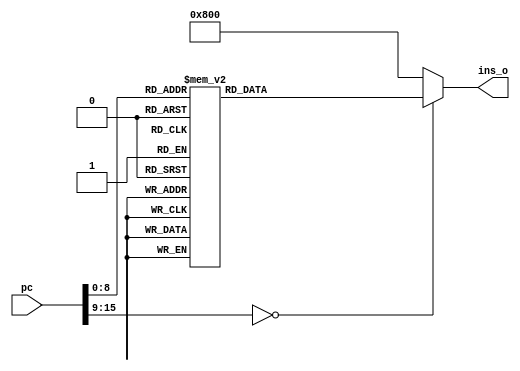
module rom(
	input wire[15:0] pc,
	output reg[15:0] ins_o
	);

	always @(*) begin
		//-*case*-/
		case (pc[15:0])
			16'h0000: ins_o = 16'b0110010000000000;    // MTSP R0
			16'h0001: ins_o = 16'b0000100000000000;    // NOP
			16'h0002: ins_o = 16'b0001000001000100;    // B START (START Addr=0x47)
			16'h0003: ins_o = 16'b0000100000000000;    // NOP
			16'h0004: ins_o = 16'b0000100000000000;    // NOP
			16'h0005: ins_o = 16'b0000100000000000;    // NOP
			16'h0006: ins_o = 16'b0000100000000000;    // NOP
			16'h0007: ins_o = 16'b0110111010111111;    // LI R6 0xBF
			16'h0008: ins_o = 16'b0011011011000000;    // SLL R6 R6 0x00
			16'h0009: ins_o = 16'b0100111000010000;    // ADDIU R6 0x10
			16'h000a: ins_o = 16'b1101111000000000;    // SW R6 R0 0x00
			16'h000b: ins_o = 16'b1101111000100001;    // SW R6 R1 0x01
			16'h000c: ins_o = 16'b1101111001000010;    // SW R6 R2 0x02
			16'h000d: ins_o = 16'b1001000100000000;    // LW_SP R1 0x00
			16'h000e: ins_o = 16'b0110001100000001;    // ADDSP 0x01
			16'h000f: ins_o = 16'b0110100011111111;    // LI R0 0xFF
			16'h0010: ins_o = 16'b1110100100001100;    // AND R1 R0
			16'h0011: ins_o = 16'b1001001000000000;    // LW_SP R2 0x00
			16'h0012: ins_o = 16'b0110001100000001;    // ADDSP 0x01
			16'h0013: ins_o = 16'b0110001111111111;    // ADDSP 0xFF
			16'h0014: ins_o = 16'b1101001100000000;    // SW_SP R3 0x00
			16'h0015: ins_o = 16'b0110001111111111;    // ADDSP 0xFF
			16'h0016: ins_o = 16'b1101011100000000;    // SW_SP R7 0x00
			16'h0017: ins_o = 16'b0110101100001111;    // LI R3 0x0F
			16'h0018: ins_o = 16'b1110111101000000;    // MFPC R7
			16'h0019: ins_o = 16'b0100111100000011;    // ADDIU R7 0x03
			16'h001a: ins_o = 16'b0000100000000000;    // NOP
			16'h001b: ins_o = 16'b0001000010000001;    // B TESTW (TESTW Addr=0x9d)
			16'h001c: ins_o = 16'b0000100000000000;    // NOP
			16'h001d: ins_o = 16'b0110111010111111;    // LI R6 0xBF
			16'h001e: ins_o = 16'b0011011011000000;    // SLL R6 R6 0x00
			16'h001f: ins_o = 16'b1101111001100000;    // SW R6 R3 0x00
			16'h0020: ins_o = 16'b0000100000000000;    // NOP
			16'h0021: ins_o = 16'b1110111101000000;    // MFPC R7
			16'h0022: ins_o = 16'b0100111100000011;    // ADDIU R7 0x03
			16'h0023: ins_o = 16'b0000100000000000;    // NOP
			16'h0024: ins_o = 16'b0001000001111000;    // B TESTW (TESTW Addr=0x9d)
			16'h0025: ins_o = 16'b0000100000000000;    // NOP
			16'h0026: ins_o = 16'b0110111010111111;    // LI R6 0xBF
			16'h0027: ins_o = 16'b0011011011000000;    // SLL R6 R6 0x00
			16'h0028: ins_o = 16'b1101111000100000;    // SW R6 R1 0x00
			16'h0029: ins_o = 16'b0000100000000000;    // NOP
			16'h002a: ins_o = 16'b0110101100001111;    // LI R3 0x0F
			16'h002b: ins_o = 16'b1110111101000000;    // MFPC R7
			16'h002c: ins_o = 16'b0100111100000011;    // ADDIU R7 0x03
			16'h002d: ins_o = 16'b0000100000000000;    // NOP
			16'h002e: ins_o = 16'b0001000001101110;    // B TESTW (TESTW Addr=0x9d)
			16'h002f: ins_o = 16'b0000100000000000;    // NOP
			16'h0030: ins_o = 16'b0110111010111111;    // LI R6 0xBF
			16'h0031: ins_o = 16'b0011011011000000;    // SLL R6 R6 0x00
			16'h0032: ins_o = 16'b1101111001100000;    // SW R6 R3 0x00
			16'h0033: ins_o = 16'b0000100000000000;    // NOP
			16'h0034: ins_o = 16'b0100001011000000;    // ADDIU3 R2 R6 0x00
			16'h0035: ins_o = 16'b1111001100000000;    // MFIH R3
			16'h0036: ins_o = 16'b0110100010000000;    // LI R0 0x80
			16'h0037: ins_o = 16'b0011000000000000;    // SLL R0 R0 0x0
			16'h0038: ins_o = 16'b1110101100001101;    // OR R3 R0
			16'h0039: ins_o = 16'b0110111110111111;    // LI R7 0xBF
			16'h003a: ins_o = 16'b0011011111100000;    // SLL R7 R7 0x00
			16'h003b: ins_o = 16'b0100111100010000;    // ADDIU R7 0x10
			16'h003c: ins_o = 16'b1001111100000000;    // LW R7 R0 0x00
			16'h003d: ins_o = 16'b1001111100100001;    // LW R7 R1 0x01
			16'h003e: ins_o = 16'b1001111101000010;    // LW R7 R2 0x02
			16'h003f: ins_o = 16'b1001011100000000;    // LW_SP R7 0x00
			16'h0040: ins_o = 16'b0110001100000001;    // ADDSP 0x01
			16'h0041: ins_o = 16'b0110001100000001;    // ADDSP 0x01
			16'h0042: ins_o = 16'b0000100000000000;    // NOP
			16'h0043: ins_o = 16'b1111001100000001;    // MTIH R3
			16'h0044: ins_o = 16'b1110111000000000;    // JR R6
			16'h0045: ins_o = 16'b1001001111111111;    // LW_SP R3 0xFF
			16'h0046: ins_o = 16'b0000100000000000;    // NOP
			16'h0047: ins_o = 16'b0110100000000111;    // LI R0 0x07
			16'h0048: ins_o = 16'b1111000000000001;    // MTIH R0
			16'h0049: ins_o = 16'b0110100010111111;    // LI R0 0xBF
			16'h004a: ins_o = 16'b0011000000000000;    // SLL R0 R0 0x00
			16'h004b: ins_o = 16'b0100100000010000;    // ADDIU R0 0x10
			16'h004c: ins_o = 16'b0110010000000000;    // MTSP R0
			16'h004d: ins_o = 16'b0000100000000000;    // NOP
			16'h004e: ins_o = 16'b0110111010111111;    // LI R6 0xBF
			16'h004f: ins_o = 16'b0011011011000000;    // SLL R6 R6 0x00
			16'h0050: ins_o = 16'b0100111000010000;    // ADDIU R6 0x10
			16'h0051: ins_o = 16'b0110100000000000;    // LI R0 0x00
			16'h0052: ins_o = 16'b1101111000000000;    // SW R6 R0 0x00
			16'h0053: ins_o = 16'b1101111000000001;    // SW R6 R0 0x01
			16'h0054: ins_o = 16'b1101111000000010;    // SW R6 R0 0x02
			16'h0055: ins_o = 16'b1101111000000011;    // SW R6 R0 0x03
			16'h0056: ins_o = 16'b1101111000000100;    // SW R6 R0 0x04
			16'h0057: ins_o = 16'b1101111000000101;    // SW R6 R0 0x05
			16'h0058: ins_o = 16'b1110111101000000;    // MFPC R7
			16'h0059: ins_o = 16'b0100111100000011;    // ADDIU R7 0x03
			16'h005a: ins_o = 16'b0000100000000000;    // NOP
			16'h005b: ins_o = 16'b0001000001000001;    // B TESTW (TESTW Addr=0x9d)
			16'h005c: ins_o = 16'b0110111010111111;    // LI R6 0xBF
			16'h005d: ins_o = 16'b0011011011000000;    // SLL R6 R6 0x00
			16'h005e: ins_o = 16'b0110100001001111;    // LI R0 0x4F
			16'h005f: ins_o = 16'b1101111000000000;    // SW R6 R0 0x00
			16'h0060: ins_o = 16'b0000100000000000;    // NOP
			16'h0061: ins_o = 16'b1110111101000000;    // MFPC R7
			16'h0062: ins_o = 16'b0100111100000011;    // ADDIU R7 0x03
			16'h0063: ins_o = 16'b0000100000000000;    // NOP
			16'h0064: ins_o = 16'b0001000000111000;    // B TESTW (TESTW Addr=0x9d)
			16'h0065: ins_o = 16'b0110111010111111;    // LI R6 0xBF
			16'h0066: ins_o = 16'b0011011011000000;    // SLL R6 R6 0x00
			16'h0067: ins_o = 16'b0110100001001011;    // LI R0 0x4B
			16'h0068: ins_o = 16'b1101111000000000;    // SW R6 R0 0x00
			16'h0069: ins_o = 16'b0000100000000000;    // NOP
			16'h006a: ins_o = 16'b1110111101000000;    // MFPC R7
			16'h006b: ins_o = 16'b0100111100000011;    // ADDIU R7 0x03
			16'h006c: ins_o = 16'b0000100000000000;    // NOP
			16'h006d: ins_o = 16'b0001000000101111;    // B TESTW (TESTW Addr=0x9d)
			16'h006e: ins_o = 16'b0110111010111111;    // LI R6 0xBF
			16'h006f: ins_o = 16'b0011011011000000;    // SLL R6 R6 0x00
			16'h0070: ins_o = 16'b0110100000001010;    // LI R0 0x0A
			16'h0071: ins_o = 16'b1101111000000000;    // SW R6 R0 0x00
			16'h0072: ins_o = 16'b0000100000000000;    // NOP
			16'h0073: ins_o = 16'b1110111101000000;    // MFPC R7
			16'h0074: ins_o = 16'b0100111100000011;    // ADDIU R7 0x03
			16'h0075: ins_o = 16'b0000100000000000;    // NOP
			16'h0076: ins_o = 16'b0001000000100110;    // B TESTW (TESTW Addr=0x9d)
			16'h0077: ins_o = 16'b0110111010111111;    // LI R6 0xBF
			16'h0078: ins_o = 16'b0011011011000000;    // SLL R6 R6 0x00
			16'h0079: ins_o = 16'b0110100000001101;    // LI R0 0x0D
			16'h007a: ins_o = 16'b1101111000000000;    // SW R6 R0 0x00
			16'h007b: ins_o = 16'b0000100000000000;    // NOP
			16'h007c: ins_o = 16'b1110111101000000;    // MFPC R7
			16'h007d: ins_o = 16'b0100111100000011;    // ADDIU R7 0x03
			16'h007e: ins_o = 16'b0000100000000000;    // NOP
			16'h007f: ins_o = 16'b0001000000101000;    // B TESTR (TESTR Addr=0xa8)
			16'h0080: ins_o = 16'b0000100000000000;    // NOP
			16'h0081: ins_o = 16'b0110111010111111;    // LI R6 0xBF
			16'h0082: ins_o = 16'b0011011011000000;    // SLL R6 R6 0x00
			16'h0083: ins_o = 16'b1001111000100000;    // LW R6 R1 0x00
			16'h0084: ins_o = 16'b0110111011111111;    // LI R6 0xff
			16'h0085: ins_o = 16'b1110100111001100;    // AND R1 R6
			16'h0086: ins_o = 16'b0000100000000000;    // NOP
			16'h0087: ins_o = 16'b0110100001010010;    // LI R0 0x52
			16'h0088: ins_o = 16'b1110100000101010;    // CMP R0 R1
			16'h0089: ins_o = 16'b0110000000110010;    // BTEQZ SHOWREGS (SHOWREGS Addr=0xbc)
			16'h008a: ins_o = 16'b0000100000000000;    // NOP
			16'h008b: ins_o = 16'b0110100001000100;    // LI R0 0x44
			16'h008c: ins_o = 16'b1110100000101010;    // CMP R0 R1
			16'h008d: ins_o = 16'b0110000001001101;    // BTEQZ SHOWMEM (SHOWMEM Addr=0xdb)
			16'h008e: ins_o = 16'b0000100000000000;    // NOP
			16'h008f: ins_o = 16'b0110100001000001;    // LI R0 0x41
			16'h0090: ins_o = 16'b1110100000101010;    // CMP R0 R1
			16'h0091: ins_o = 16'b0110000000100100;    // BTEQZ GOTOASM (GOTOASM Addr=0xb6)
			16'h0092: ins_o = 16'b0000100000000000;    // NOP
			16'h0093: ins_o = 16'b0110100001010101;    // LI R0 0x55
			16'h0094: ins_o = 16'b1110100000101010;    // CMP R0 R1
			16'h0095: ins_o = 16'b0110000000011101;    // BTEQZ GOTOUASM (GOTOUASM Addr=0xb3)
			16'h0096: ins_o = 16'b0000100000000000;    // NOP
			16'h0097: ins_o = 16'b0110100001000111;    // LI R0 0x47
			16'h0098: ins_o = 16'b1110100000101010;    // CMP R0 R1
			16'h0099: ins_o = 16'b0110000000011111;    // BTEQZ GOTOCOMPILE (GOTOCOMPILE Addr=0xb9)
			16'h009a: ins_o = 16'b0000100000000000;    // NOP
			16'h009b: ins_o = 16'b0001011111100000;    // B BEGIN (BEGIN Addr=0x7c)
			16'h009c: ins_o = 16'b0000100000000000;    // NOP
			16'h009d: ins_o = 16'b0000100000000000;    // NOP
			16'h009e: ins_o = 16'b0110111010111111;    // LI R6 0xBF
			16'h009f: ins_o = 16'b0011011011000000;    // SLL R6 R6 0x00
			16'h00a0: ins_o = 16'b0100111000000001;    // ADDIU R6 0x01
			16'h00a1: ins_o = 16'b1001111000000000;    // LW R6 R0 0x00
			16'h00a2: ins_o = 16'b0110111000000001;    // LI R6 0x01
			16'h00a3: ins_o = 16'b1110100011001100;    // AND R0 R6
			16'h00a4: ins_o = 16'b0010000011111000;    // BEQZ R0 TESTW (TESTW Addr=0x9d)
			16'h00a5: ins_o = 16'b0000100000000000;    // NOP
			16'h00a6: ins_o = 16'b1110111100000000;    // JR R7
			16'h00a7: ins_o = 16'b0000100000000000;    // NOP
			16'h00a8: ins_o = 16'b0000100000000000;    // NOP
			16'h00a9: ins_o = 16'b0110111010111111;    // LI R6 0xBF
			16'h00aa: ins_o = 16'b0011011011000000;    // SLL R6 R6 0x00
			16'h00ab: ins_o = 16'b0100111000000001;    // ADDIU R6 0x01
			16'h00ac: ins_o = 16'b1001111000000000;    // LW R6 R0 0x00
			16'h00ad: ins_o = 16'b0110111000000010;    // LI R6 0x02
			16'h00ae: ins_o = 16'b1110100011001100;    // AND R0 R6
			16'h00af: ins_o = 16'b0010000011111000;    // BEQZ R0 TESTR (TESTR Addr=0xa8)
			16'h00b0: ins_o = 16'b0000100000000000;    // NOP
			16'h00b1: ins_o = 16'b1110111100000000;    // JR R7
			16'h00b2: ins_o = 16'b0000100000000000;    // NOP
			16'h00b3: ins_o = 16'b0000100000000000;    // NOP
			16'h00b4: ins_o = 16'b0001000010101010;    // B UASM (UASM Addr=0x15f)
			16'h00b5: ins_o = 16'b0000100000000000;    // NOP
			16'h00b6: ins_o = 16'b0000100000000000;    // NOP
			16'h00b7: ins_o = 16'b0001000001101100;    // B ASM (ASM Addr=0x124)
			16'h00b8: ins_o = 16'b0000100000000000;    // NOP
			16'h00b9: ins_o = 16'b0000100000000000;    // NOP
			16'h00ba: ins_o = 16'b0001000011101101;    // B COMPILE (COMPILE Addr=0x1a8)
			16'h00bb: ins_o = 16'b0000100000000000;    // NOP
			16'h00bc: ins_o = 16'b0110100100000110;    // LI R1 0x06
			16'h00bd: ins_o = 16'b0110101000000110;    // LI R2 0x06
			16'h00be: ins_o = 16'b0110100010111111;    // LI R0  0xBF
			16'h00bf: ins_o = 16'b0011000000000000;    // SLL R0 R0 0x00
			16'h00c0: ins_o = 16'b0100100000010000;    // ADDIU R0 0x10
			16'h00c1: ins_o = 16'b1110001000101111;    // SUBU R2 R1 R3
			16'h00c2: ins_o = 16'b1110000001100001;    // ADDU R0 R3 R0
			16'h00c3: ins_o = 16'b1001100001100000;    // LW R0 R3 0x00
			16'h00c4: ins_o = 16'b1110111101000000;    // MFPC R7
			16'h00c5: ins_o = 16'b0100111100000011;    // ADDIU R7 0x03
			16'h00c6: ins_o = 16'b0000100000000000;    // NOP
			16'h00c7: ins_o = 16'b0001011111010101;    // B TESTW (TESTW Addr=0x9d)
			16'h00c8: ins_o = 16'b0000100000000000;    // NOP
			16'h00c9: ins_o = 16'b0110111010111111;    // LI R6 0xBF
			16'h00ca: ins_o = 16'b0011011011000000;    // SLL R6 R6 0x00
			16'h00cb: ins_o = 16'b1101111001100000;    // SW R6 R3 0x00
			16'h00cc: ins_o = 16'b0011001101100011;    // SRA R3 R3 0x00
			16'h00cd: ins_o = 16'b1110111101000000;    // MFPC R7
			16'h00ce: ins_o = 16'b0100111100000011;    // ADDIU R7 0x03
			16'h00cf: ins_o = 16'b0000100000000000;    // NOP
			16'h00d0: ins_o = 16'b0001011111001100;    // B TESTW (TESTW Addr=0x9d)
			16'h00d1: ins_o = 16'b0000100000000000;    // NOP
			16'h00d2: ins_o = 16'b0110111010111111;    // LI R6 0xBF
			16'h00d3: ins_o = 16'b0011011011000000;    // SLL R6 R6 0x00
			16'h00d4: ins_o = 16'b1101111001100000;    // SW R6 R3 0x00
			16'h00d5: ins_o = 16'b0100100111111111;    // ADDIU R1 0xFF
			16'h00d6: ins_o = 16'b0000100000000000;    // NOP
			16'h00d7: ins_o = 16'b0010100111100110;    // BNEZ R1 LOOP (LOOP Addr=0xbe)
			16'h00d8: ins_o = 16'b0000100000000000;    // NOP
			16'h00d9: ins_o = 16'b0001011110100010;    // B BEGIN (BEGIN Addr=0x7c)
			16'h00da: ins_o = 16'b0000100000000000;    // NOP
			16'h00db: ins_o = 16'b1110111101000000;    // MFPC R7
			16'h00dc: ins_o = 16'b0100111100000011;    // ADDIU R7 0x03
			16'h00dd: ins_o = 16'b0000100000000000;    // NOP
			16'h00de: ins_o = 16'b0001011111001001;    // B TESTR (TESTR Addr=0xa8)
			16'h00df: ins_o = 16'b0000100000000000;    // NOP
			16'h00e0: ins_o = 16'b0110111010111111;    // LI R6 0xBF
			16'h00e1: ins_o = 16'b0011011011000000;    // SLL R6 R6 0x00
			16'h00e2: ins_o = 16'b1001111010100000;    // LW R6 R5 0x00
			16'h00e3: ins_o = 16'b0110111011111111;    // LI R6 0xFF
			16'h00e4: ins_o = 16'b1110110111001100;    // AND R5 R6
			16'h00e5: ins_o = 16'b0000100000000000;    // NOP
			16'h00e6: ins_o = 16'b1110111101000000;    // MFPC R7
			16'h00e7: ins_o = 16'b0100111100000011;    // ADDIU R7 0x03
			16'h00e8: ins_o = 16'b0000100000000000;    // NOP
			16'h00e9: ins_o = 16'b0001011110111110;    // B TESTR (TESTR Addr=0xa8)
			16'h00ea: ins_o = 16'b0000100000000000;    // NOP
			16'h00eb: ins_o = 16'b0110111010111111;    // LI R6 0xBF
			16'h00ec: ins_o = 16'b0011011011000000;    // SLL R6 R6 0x00
			16'h00ed: ins_o = 16'b1001111000100000;    // LW R6 R1 0x00
			16'h00ee: ins_o = 16'b0110111011111111;    // LI R6 0xFF
			16'h00ef: ins_o = 16'b1110100111001100;    // AND R1 R6
			16'h00f0: ins_o = 16'b0000100000000000;    // NOP
			16'h00f1: ins_o = 16'b0011000100100000;    // SLL R1 R1 0x00
			16'h00f2: ins_o = 16'b1110100110101101;    // OR R1 R5
			16'h00f3: ins_o = 16'b1110111101000000;    // MFPC R7
			16'h00f4: ins_o = 16'b0100111100000011;    // ADDIU R7 0x03
			16'h00f5: ins_o = 16'b0000100000000000;    // NOP
			16'h00f6: ins_o = 16'b0001011110110001;    // B TESTR (TESTR Addr=0xa8)
			16'h00f7: ins_o = 16'b0000100000000000;    // NOP
			16'h00f8: ins_o = 16'b0110111010111111;    // LI R6 0xBF
			16'h00f9: ins_o = 16'b0011011011000000;    // SLL R6 R6 0x00
			16'h00fa: ins_o = 16'b1001111010100000;    // LW R6 R5 0x00
			16'h00fb: ins_o = 16'b0110111011111111;    // LI R6 0xFF
			16'h00fc: ins_o = 16'b1110110111001100;    // AND R5 R6
			16'h00fd: ins_o = 16'b0000100000000000;    // NOP
			16'h00fe: ins_o = 16'b1110111101000000;    // MFPC R7
			16'h00ff: ins_o = 16'b0100111100000011;    // ADDIU R7 0x03
			16'h0100: ins_o = 16'b0000100000000000;    // NOP
			16'h0101: ins_o = 16'b0001011110100110;    // B TESTR (TESTR Addr=0xa8)
			16'h0102: ins_o = 16'b0000100000000000;    // NOP
			16'h0103: ins_o = 16'b0110111010111111;    // LI R6 0xBF
			16'h0104: ins_o = 16'b0011011011000000;    // SLL R6 R6 0x00
			16'h0105: ins_o = 16'b1001111001000000;    // LW R6 R2 0x00
			16'h0106: ins_o = 16'b0110111011111111;    // LI R6 0xFF
			16'h0107: ins_o = 16'b1110101011001100;    // AND R2 R6
			16'h0108: ins_o = 16'b0000100000000000;    // NOP
			16'h0109: ins_o = 16'b0011001001000000;    // SLL R2 R2 0x00
			16'h010a: ins_o = 16'b1110101010101101;    // OR R2 R5
			16'h010b: ins_o = 16'b1001100101100000;    // LW R1 R3 0x00
			16'h010c: ins_o = 16'b1110111101000000;    // MFPC R7
			16'h010d: ins_o = 16'b0100111100000011;    // ADDIU R7 0x03
			16'h010e: ins_o = 16'b0000100000000000;    // NOP
			16'h010f: ins_o = 16'b0001011110001101;    // B TESTW (TESTW Addr=0x9d)
			16'h0110: ins_o = 16'b0000100000000000;    // NOP
			16'h0111: ins_o = 16'b0110111010111111;    // LI R6 0xBF
			16'h0112: ins_o = 16'b0011011011000000;    // SLL R6 R6 0x00
			16'h0113: ins_o = 16'b1101111001100000;    // SW R6 R3 0x00
			16'h0114: ins_o = 16'b0011001101100011;    // SRA R3 R3 0x00
			16'h0115: ins_o = 16'b1110111101000000;    // MFPC R7
			16'h0116: ins_o = 16'b0100111100000011;    // ADDIU R7 0x03
			16'h0117: ins_o = 16'b0000100000000000;    // NOP
			16'h0118: ins_o = 16'b0001011110000100;    // B TESTW (TESTW Addr=0x9d)
			16'h0119: ins_o = 16'b0000100000000000;    // NOP
			16'h011a: ins_o = 16'b0110111010111111;    // LI R6 0xBF
			16'h011b: ins_o = 16'b0011011011000000;    // SLL R6 R6 0x00
			16'h011c: ins_o = 16'b1101111001100000;    // SW R6 R3 0x00
			16'h011d: ins_o = 16'b0100100100000001;    // ADDIU R1 0x01
			16'h011e: ins_o = 16'b0100101011111111;    // ADDIU R2 0xFF
			16'h011f: ins_o = 16'b0000100000000000;    // NOP
			16'h0120: ins_o = 16'b0010101011101010;    // BNEZ R2 MEMLOOP (MEMLOOP Addr=0x10b)
			16'h0121: ins_o = 16'b0000100000000000;    // NOP
			16'h0122: ins_o = 16'b0001011101011001;    // B BEGIN (BEGIN Addr=0x7c)
			16'h0123: ins_o = 16'b0000100000000000;    // NOP
			16'h0124: ins_o = 16'b1110111101000000;    // MFPC R7
			16'h0125: ins_o = 16'b0100111100000011;    // ADDIU R7 0x03
			16'h0126: ins_o = 16'b0000100000000000;    // NOP
			16'h0127: ins_o = 16'b0001011110000000;    // B TESTR (TESTR Addr=0xa8)
			16'h0128: ins_o = 16'b0000100000000000;    // NOP
			16'h0129: ins_o = 16'b0110111010111111;    // LI R6 0xBF
			16'h012a: ins_o = 16'b0011011011000000;    // SLL R6 R6 0x00
			16'h012b: ins_o = 16'b1001111010100000;    // LW R6 R5 0x00
			16'h012c: ins_o = 16'b0110111011111111;    // LI R6 0xFF
			16'h012d: ins_o = 16'b1110110111001100;    // AND R5 R6
			16'h012e: ins_o = 16'b0000100000000000;    // NOP
			16'h012f: ins_o = 16'b1110111101000000;    // MFPC R7
			16'h0130: ins_o = 16'b0100111100000011;    // ADDIU R7 0x03
			16'h0131: ins_o = 16'b0000100000000000;    // NOP
			16'h0132: ins_o = 16'b0001011101110101;    // B TESTR (TESTR Addr=0xa8)
			16'h0133: ins_o = 16'b0000100000000000;    // NOP
			16'h0134: ins_o = 16'b0110111010111111;    // LI R6 0xBF
			16'h0135: ins_o = 16'b0011011011000000;    // SLL R6 R6 0x00
			16'h0136: ins_o = 16'b1001111000100000;    // LW R6 R1 0x00
			16'h0137: ins_o = 16'b0110111011111111;    // LI R6 0xFF
			16'h0138: ins_o = 16'b1110100111001100;    // AND R1 R6
			16'h0139: ins_o = 16'b0000100000000000;    // NOP
			16'h013a: ins_o = 16'b0011000100100000;    // SLL R1 R1 0x00
			16'h013b: ins_o = 16'b1110100110101101;    // OR R1 R5
			16'h013c: ins_o = 16'b0110100000000000;    // LI R0 0x00
			16'h013d: ins_o = 16'b1110100000101010;    // CMP R0 R1
			16'h013e: ins_o = 16'b0110000000011101;    // BTEQZ GOTOBEGIN (GOTOBEGIN Addr=0x15c)
			16'h013f: ins_o = 16'b0000100000000000;    // NOP
			16'h0140: ins_o = 16'b1110111101000000;    // MFPC R7
			16'h0141: ins_o = 16'b0100111100000011;    // ADDIU R7 0x03
			16'h0142: ins_o = 16'b0000100000000000;    // NOP
			16'h0143: ins_o = 16'b0001011101100100;    // B TESTR (TESTR Addr=0xa8)
			16'h0144: ins_o = 16'b0000100000000000;    // NOP
			16'h0145: ins_o = 16'b0110111010111111;    // LI R6 0xBF
			16'h0146: ins_o = 16'b0011011011000000;    // SLL R6 R6 0x00
			16'h0147: ins_o = 16'b1001111010100000;    // LW R6 R5 0x00
			16'h0148: ins_o = 16'b0110111011111111;    // LI R6 0xFF
			16'h0149: ins_o = 16'b1110110111001100;    // AND R5 R6
			16'h014a: ins_o = 16'b0000100000000000;    // NOP
			16'h014b: ins_o = 16'b1110111101000000;    // MFPC R7
			16'h014c: ins_o = 16'b0100111100000011;    // ADDIU R7 0x03
			16'h014d: ins_o = 16'b0000100000000000;    // NOP
			16'h014e: ins_o = 16'b0001011101011001;    // B TESTR (TESTR Addr=0xa8)
			16'h014f: ins_o = 16'b0000100000000000;    // NOP
			16'h0150: ins_o = 16'b0110111010111111;    // LI R6 0xBF
			16'h0151: ins_o = 16'b0011011011000000;    // SLL R6 R6 0x00
			16'h0152: ins_o = 16'b1001111001000000;    // LW R6 R2 0x00
			16'h0153: ins_o = 16'b0110111011111111;    // LI R6 0xFF
			16'h0154: ins_o = 16'b1110101011001100;    // AND R2 R6
			16'h0155: ins_o = 16'b0000100000000000;    // NOP
			16'h0156: ins_o = 16'b0011001001000000;    // SLL R2 R2 0x00
			16'h0157: ins_o = 16'b1110101010101101;    // OR R2 R5
			16'h0158: ins_o = 16'b1101100101000000;    // SW R1 R2 0x00
			16'h0159: ins_o = 16'b0000100000000000;    // NOP
			16'h015a: ins_o = 16'b0001011111001001;    // B ASM (ASM Addr=0x124)
			16'h015b: ins_o = 16'b0000100000000000;    // NOP
			16'h015c: ins_o = 16'b0000100000000000;    // NOP
			16'h015d: ins_o = 16'b0001011100011110;    // B BEGIN (BEGIN Addr=0x7c)
			16'h015e: ins_o = 16'b0000100000000000;    // NOP
			16'h015f: ins_o = 16'b1110111101000000;    // MFPC R7
			16'h0160: ins_o = 16'b0100111100000011;    // ADDIU R7 0x03
			16'h0161: ins_o = 16'b0000100000000000;    // NOP
			16'h0162: ins_o = 16'b0001011101000101;    // B TESTR (TESTR Addr=0xa8)
			16'h0163: ins_o = 16'b0000100000000000;    // NOP
			16'h0164: ins_o = 16'b0110111010111111;    // LI R6 0xBF
			16'h0165: ins_o = 16'b0011011011000000;    // SLL R6 R6 0x00
			16'h0166: ins_o = 16'b1001111010100000;    // LW R6 R5 0x00
			16'h0167: ins_o = 16'b0110111011111111;    // LI R6 0xFF
			16'h0168: ins_o = 16'b1110110111001100;    // AND R5 R6
			16'h0169: ins_o = 16'b0000100000000000;    // NOP
			16'h016a: ins_o = 16'b1110111101000000;    // MFPC R7
			16'h016b: ins_o = 16'b0100111100000011;    // ADDIU R7 0x03
			16'h016c: ins_o = 16'b0000100000000000;    // NOP
			16'h016d: ins_o = 16'b0001011100111010;    // B TESTR (TESTR Addr=0xa8)
			16'h016e: ins_o = 16'b0000100000000000;    // NOP
			16'h016f: ins_o = 16'b0110111010111111;    // LI R6 0xBF
			16'h0170: ins_o = 16'b0011011011000000;    // SLL R6 R6 0x00
			16'h0171: ins_o = 16'b1001111000100000;    // LW R6 R1 0x00
			16'h0172: ins_o = 16'b0110111011111111;    // LI R6 0xFF
			16'h0173: ins_o = 16'b1110100111001100;    // AND R1 R6
			16'h0174: ins_o = 16'b0000100000000000;    // NOP
			16'h0175: ins_o = 16'b0011000100100000;    // SLL R1 R1 0x00
			16'h0176: ins_o = 16'b1110100110101101;    // OR R1 R5
			16'h0177: ins_o = 16'b1110111101000000;    // MFPC R7
			16'h0178: ins_o = 16'b0100111100000011;    // ADDIU R7 0x03
			16'h0179: ins_o = 16'b0000100000000000;    // NOP
			16'h017a: ins_o = 16'b0001011100101101;    // B TESTR (TESTR Addr=0xa8)
			16'h017b: ins_o = 16'b0000100000000000;    // NOP
			16'h017c: ins_o = 16'b0110111010111111;    // LI R6 0xBF
			16'h017d: ins_o = 16'b0011011011000000;    // SLL R6 R6 0x00
			16'h017e: ins_o = 16'b1001111010100000;    // LW R6 R5 0x00
			16'h017f: ins_o = 16'b0110111011111111;    // LI R6 0xFF
			16'h0180: ins_o = 16'b1110110111001100;    // AND R5 R6
			16'h0181: ins_o = 16'b0000100000000000;    // NOP
			16'h0182: ins_o = 16'b1110111101000000;    // MFPC R7
			16'h0183: ins_o = 16'b0100111100000011;    // ADDIU R7 0x03
			16'h0184: ins_o = 16'b0000100000000000;    // NOP
			16'h0185: ins_o = 16'b0001011100100010;    // B TESTR (TESTR Addr=0xa8)
			16'h0186: ins_o = 16'b0000100000000000;    // NOP
			16'h0187: ins_o = 16'b0110111010111111;    // LI R6 0xBF
			16'h0188: ins_o = 16'b0011011011000000;    // SLL R6 R6 0x00
			16'h0189: ins_o = 16'b1001111001000000;    // LW R6 R2 0x00
			16'h018a: ins_o = 16'b0110111011111111;    // LI R6 0xFF
			16'h018b: ins_o = 16'b1110101011001100;    // AND R2 R6
			16'h018c: ins_o = 16'b0000100000000000;    // NOP
			16'h018d: ins_o = 16'b0011001001000000;    // SLL R2 R2 0x00
			16'h018e: ins_o = 16'b1110101010101101;    // OR R2 R5
			16'h018f: ins_o = 16'b1001100101100000;    // LW R1 R3 0x00
			16'h0190: ins_o = 16'b1110111101000000;    // MFPC R7
			16'h0191: ins_o = 16'b0100111100000011;    // ADDIU R7 0x03
			16'h0192: ins_o = 16'b0000100000000000;    // NOP
			16'h0193: ins_o = 16'b0001011100001001;    // B TESTW (TESTW Addr=0x9d)
			16'h0194: ins_o = 16'b0000100000000000;    // NOP
			16'h0195: ins_o = 16'b0110111010111111;    // LI R6 0xBF
			16'h0196: ins_o = 16'b0011011011000000;    // SLL R6 R6 0x00
			16'h0197: ins_o = 16'b1101111001100000;    // SW R6 R3 0x00
			16'h0198: ins_o = 16'b0011001101100011;    // SRA R3 R3 0x00
			16'h0199: ins_o = 16'b1110111101000000;    // MFPC R7
			16'h019a: ins_o = 16'b0100111100000011;    // ADDIU R7 0x03
			16'h019b: ins_o = 16'b0000100000000000;    // NOP
			16'h019c: ins_o = 16'b0001011100000000;    // B TESTW (TESTW Addr=0x9d)
			16'h019d: ins_o = 16'b0000100000000000;    // NOP
			16'h019e: ins_o = 16'b0110111010111111;    // LI R6 0xBF
			16'h019f: ins_o = 16'b0011011011000000;    // SLL R6 R6 0x00
			16'h01a0: ins_o = 16'b1101111001100000;    // SW R6 R3 0x00
			16'h01a1: ins_o = 16'b0100100100000001;    // ADDIU R1 0x01
			16'h01a2: ins_o = 16'b0100101011111111;    // ADDIU R2 0xFF
			16'h01a3: ins_o = 16'b0000100000000000;    // NOP
			16'h01a4: ins_o = 16'b0010101011101010;    // BNEZ R2 UASMLOOP (UASMLOOP Addr=0x18f)
			16'h01a5: ins_o = 16'b0000100000000000;    // NOP
			16'h01a6: ins_o = 16'b0001011011010101;    // B BEGIN (BEGIN Addr=0x7c)
			16'h01a7: ins_o = 16'b0000100000000000;    // NOP
			16'h01a8: ins_o = 16'b1110111101000000;    // MFPC R7
			16'h01a9: ins_o = 16'b0100111100000011;    // ADDIU R7 0x03
			16'h01aa: ins_o = 16'b0000100000000000;    // NOP
			16'h01ab: ins_o = 16'b0001011011111100;    // B TESTR (TESTR Addr=0xa8)
			16'h01ac: ins_o = 16'b0000100000000000;    // NOP
			16'h01ad: ins_o = 16'b0110111010111111;    // LI R6 0xBF
			16'h01ae: ins_o = 16'b0011011011000000;    // SLL R6 R6 0x00
			16'h01af: ins_o = 16'b1001111010100000;    // LW R6 R5 0x00
			16'h01b0: ins_o = 16'b0110111011111111;    // LI R6 0xFF
			16'h01b1: ins_o = 16'b1110110111001100;    // AND R5 R6
			16'h01b2: ins_o = 16'b0000100000000000;    // NOP
			16'h01b3: ins_o = 16'b1110111101000000;    // MFPC R7
			16'h01b4: ins_o = 16'b0100111100000011;    // ADDIU R7 0x03
			16'h01b5: ins_o = 16'b0000100000000000;    // NOP
			16'h01b6: ins_o = 16'b0001011011110001;    // B TESTR (TESTR Addr=0xa8)
			16'h01b7: ins_o = 16'b0000100000000000;    // NOP
			16'h01b8: ins_o = 16'b0110111010111111;    // LI R6 0xBF
			16'h01b9: ins_o = 16'b0011011011000000;    // SLL R6 R6 0x00
			16'h01ba: ins_o = 16'b1001111001000000;    // LW R6 R2 0x00
			16'h01bb: ins_o = 16'b0110111011111111;    // LI R6 0xFF
			16'h01bc: ins_o = 16'b1110101011001100;    // AND R2 R6
			16'h01bd: ins_o = 16'b0000100000000000;    // NOP
			16'h01be: ins_o = 16'b0011001001000000;    // SLL R2 R2 0x00
			16'h01bf: ins_o = 16'b1110101010101101;    // OR R2 R5
			16'h01c0: ins_o = 16'b0100001011000000;    // ADDIU3 R2 R6 0x00
			16'h01c1: ins_o = 16'b0110111110111111;    // LI R7 0xBF
			16'h01c2: ins_o = 16'b0011011111100000;    // SLL R7 R7 0x00
			16'h01c3: ins_o = 16'b0100111100010000;    // ADDIU R7 0x10
			16'h01c4: ins_o = 16'b1001111110100101;    // LW R7 R5 0x05
			16'h01c5: ins_o = 16'b0110001111111111;    // ADDSP 0xFF
			16'h01c6: ins_o = 16'b1101010100000000;    // SW_SP R5 0x00
			16'h01c7: ins_o = 16'b1111010100000000;    // MFIH R5
			16'h01c8: ins_o = 16'b0110100110000000;    // LI R1 0x80
			16'h01c9: ins_o = 16'b0011000100100000;    // SLL R1 R1 0x0
			16'h01ca: ins_o = 16'b1110110100101101;    // OR R5 R1
			16'h01cb: ins_o = 16'b1001111100000000;    // LW R7 R0 0x00
			16'h01cc: ins_o = 16'b1001111100100001;    // LW R7 R1 0x01
			16'h01cd: ins_o = 16'b1001111101000010;    // LW R7 R2 0x02
			16'h01ce: ins_o = 16'b1001111101100011;    // LW R7 R3 0x03
			16'h01cf: ins_o = 16'b1001111110000100;    // LW R7 R4 0x04
			16'h01d0: ins_o = 16'b1110111101000000;    // MFPC R7
			16'h01d1: ins_o = 16'b0100111100000100;    // ADDIU R7 0x04
			16'h01d2: ins_o = 16'b1111010100000001;    // MTIH R5
			16'h01d3: ins_o = 16'b1110111000000000;    // JR R6
			16'h01d4: ins_o = 16'b1001010100000000;    // LW_SP R5 0x00
			16'h01d5: ins_o = 16'b0000100000000000;    // NOP
			16'h01d6: ins_o = 16'b0000100000000000;    // NOP
			16'h01d7: ins_o = 16'b0110001100000001;    // ADDSP 0x01
			16'h01d8: ins_o = 16'b0110111110111111;    // LI R7 0xBF
			16'h01d9: ins_o = 16'b0011011111100000;    // SLL R7 R7 0x00
			16'h01da: ins_o = 16'b0100111100010000;    // ADDIU R7 0x10
			16'h01db: ins_o = 16'b1101111100000000;    // SW R7 R0 0x00
			16'h01dc: ins_o = 16'b1101111100100001;    // SW R7 R1 0x01
			16'h01dd: ins_o = 16'b1101111101000010;    // SW R7 R2 0x02
			16'h01de: ins_o = 16'b1101111101100011;    // SW R7 R3 0x03
			16'h01df: ins_o = 16'b1101111110000100;    // SW R7 R4 0x04
			16'h01e0: ins_o = 16'b1101111110100101;    // SW R7 R5 0x05
			16'h01e1: ins_o = 16'b1111000000000000;    // MFIH R0
			16'h01e2: ins_o = 16'b0110100101111111;    // LI R1 0x7F
			16'h01e3: ins_o = 16'b0011000100100000;    // SLL R1 R1 0x00
			16'h01e4: ins_o = 16'b0110101011111111;    // LI R2 0xFF
			16'h01e5: ins_o = 16'b1110100101001101;    // OR R1 R2
			16'h01e6: ins_o = 16'b1110100000101100;    // AND R0 R1
			16'h01e7: ins_o = 16'b1111000000000001;    // MTIH R0
			16'h01e8: ins_o = 16'b0110100100000111;    // LI R1 0x07
			16'h01e9: ins_o = 16'b1110111101000000;    // MFPC R7
			16'h01ea: ins_o = 16'b0100111100000011;    // ADDIU R7 0x03
			16'h01eb: ins_o = 16'b0000100000000000;    // NOP
			16'h01ec: ins_o = 16'b0001011010110000;    // B TESTW (TESTW Addr=0x9d)
			16'h01ed: ins_o = 16'b0000100000000000;    // NOP
			16'h01ee: ins_o = 16'b0110111010111111;    // LI R6 0xBF
			16'h01ef: ins_o = 16'b0011011011000000;    // SLL R6 R6 0x00
			16'h01f0: ins_o = 16'b1101111000100000;    // SW R6 R1 0x00
			16'h01f1: ins_o = 16'b0001011010001010;    // B BEGIN (BEGIN Addr=0x7c)
			16'h01f2: ins_o = 16'b0000100000000000;    // NOP
			default: ins_o = 16'h0800;
		endcase
		//-*case*-/
	end

endmodule